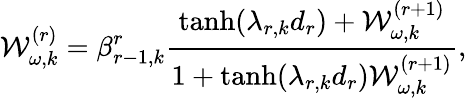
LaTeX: {\cal W}_{\omega,k}^{(r)}=\beta_{r-1,k}^{r}\frac{\operatorname{tanh}(\lambda_{r,k}d_{r})+{\cal W}_{\omega,k}^{(r+1)}}{1+\operatorname{tanh}(\lambda_{r,k}d_{r}){\cal W}_{\omega,k}^{(r+1)}},